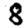
Digit: 8